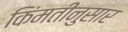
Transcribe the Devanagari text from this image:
किंमतीनुसार